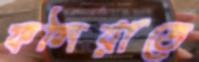
ফলিয়াতে